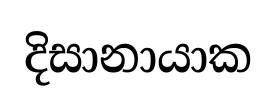
දිසානායාක